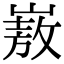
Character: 㟼